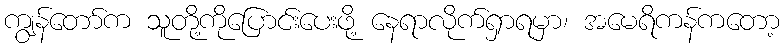
ကျွန်တော်က သူတို့ကိုပြောင်းပေးဖို့ နေရာလိုက်ရှာရမှာ၊ အမေရိကန်ကတော့